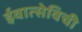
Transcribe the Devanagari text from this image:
ईवात्सेविची